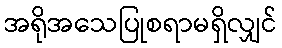
အရိုအသေပြုစရာမရှိလျှင်